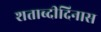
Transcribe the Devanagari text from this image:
शताब्दीदिनास